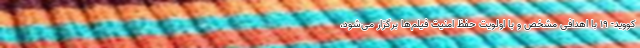
کووید- 19 با اهدافی مشخص و با اولویت حفظ امنیت فیلم‌ها برگزار می‌شود،